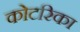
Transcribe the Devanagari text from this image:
कोटरिका